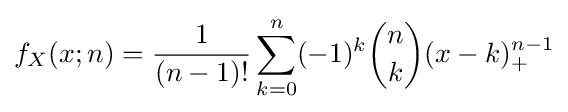
f_{X}(x;n)={\frac {1}{(n-1)!}}\sum _{k=0}^{n}(-1)^{k}{n \choose k}(x-k)_{+}^{n-1}